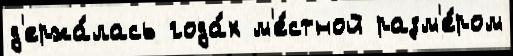
д'ержа́лась года́х м'е́стной разм'е́ром